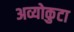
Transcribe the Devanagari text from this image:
अव्योकुटा